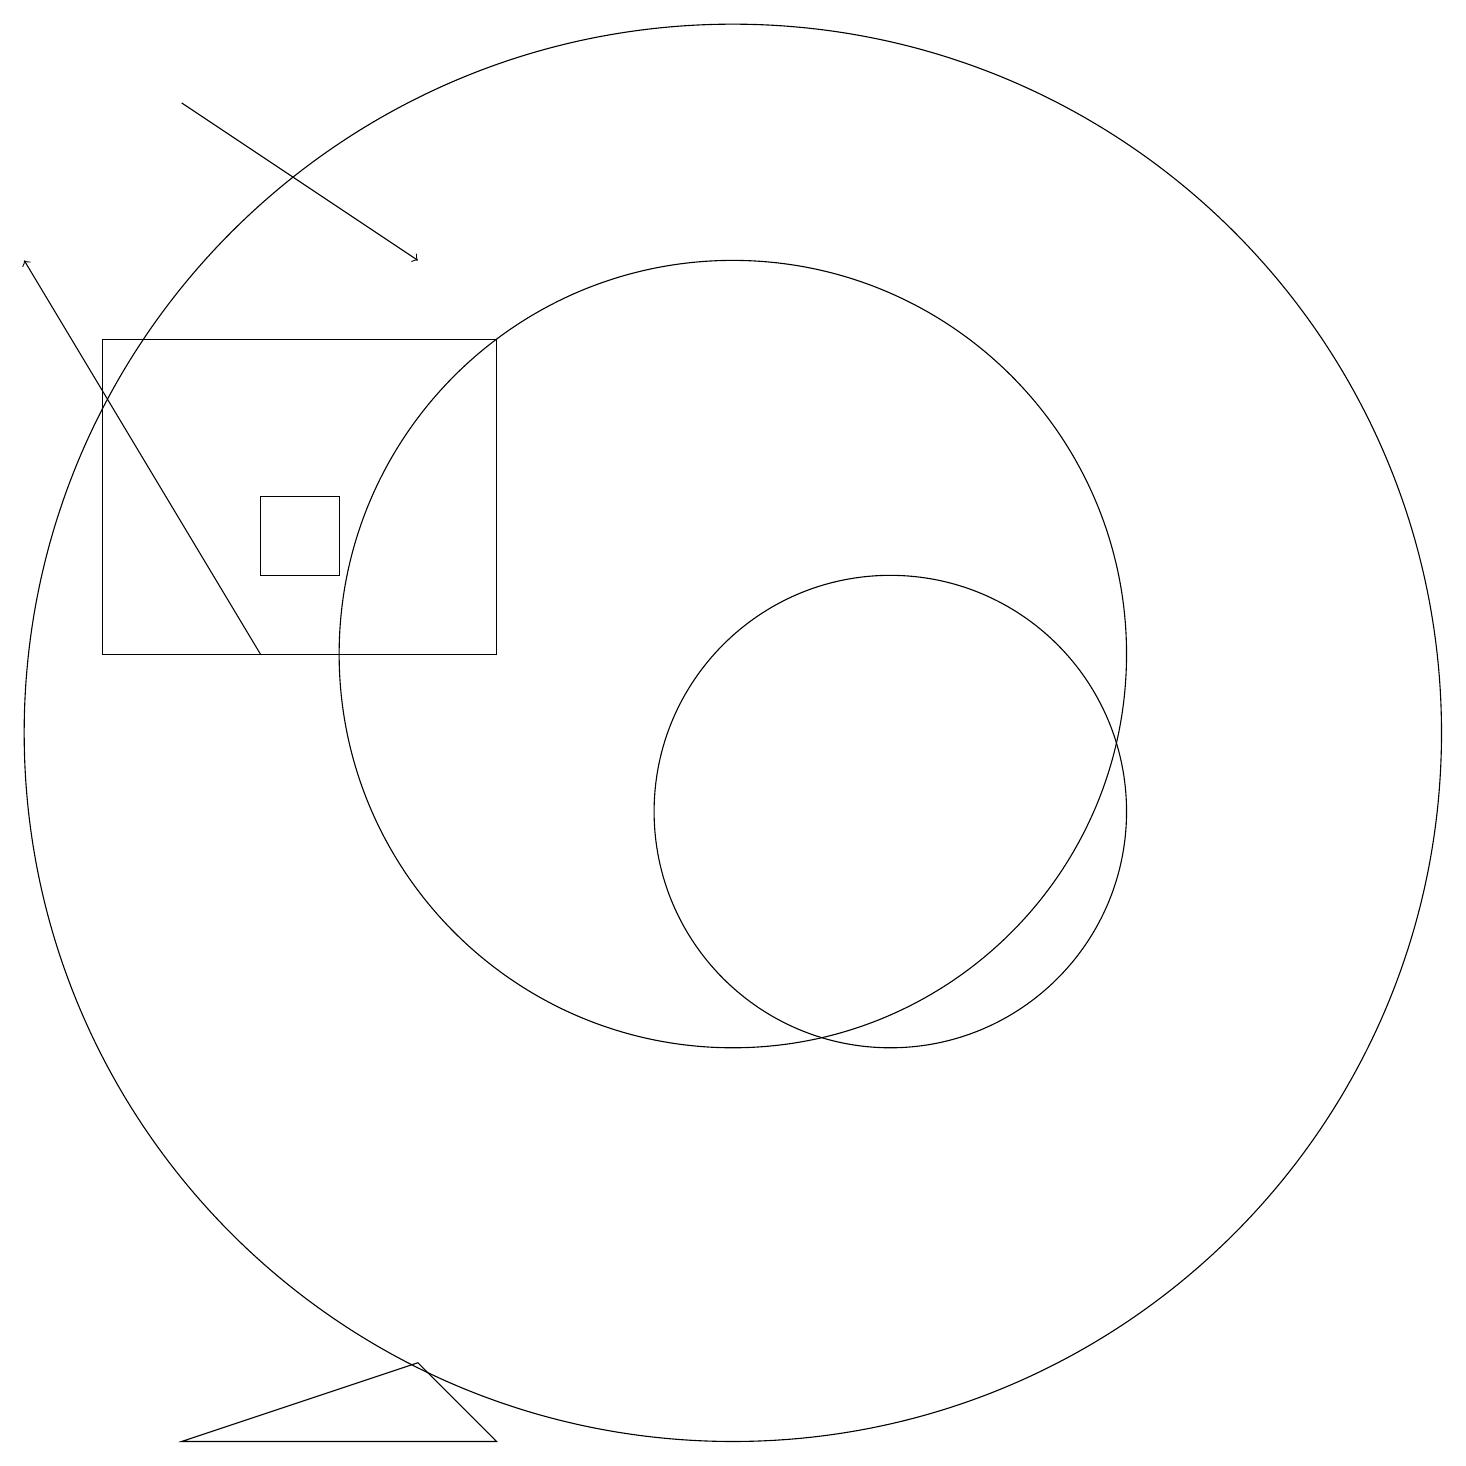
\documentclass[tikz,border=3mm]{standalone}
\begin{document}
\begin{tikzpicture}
\draw (12,10) circle (3);
\draw (6,3) -- (3,2) -- (7,2) -- cycle;
\draw[->] (4,12) -- (1,17);
\draw (2,12) rectangle (7,16);
\draw (10,12) circle (5);
\draw[->] (3,19) -- (6,17);
\draw (4,13) rectangle (5,14);
\draw (10,11) circle (9);
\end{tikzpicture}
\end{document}